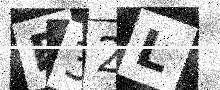
Text: F32L